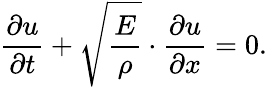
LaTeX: \frac{\partial u}{\partial t}+\sqrt{\frac{E}{\rho}}\cdot\frac{\partial u}{\partial x}=0.